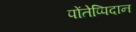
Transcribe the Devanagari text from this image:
पोंतेप्पिदान